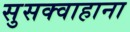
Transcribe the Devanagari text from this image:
सुसक्वाहाना